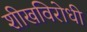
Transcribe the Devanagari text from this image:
शीखविरोधी